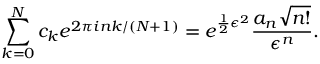
\sum _ { k = 0 } ^ { N } c _ { k } e ^ { 2 \pi i n k / ( N + 1 ) } = e ^ { \frac { 1 } { 2 } \epsilon ^ { 2 } } \frac { a _ { n } \sqrt { n ! } } { \epsilon ^ { n } } .